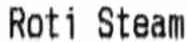
ROTI STEAM